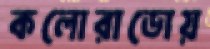
কলোরাডোয়